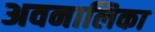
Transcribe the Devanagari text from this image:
अवनालिका